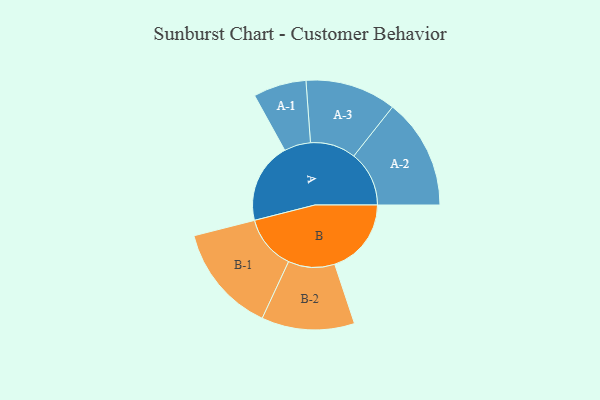
{"axis": {"x": "Segment", "y": "Value"}, "legend": ["", "A", "B"], "data": [{"x": "A", "y": 420, "type": ""}, {"x": "B", "y": 399, "type": ""}, {"x": "A-1", "y": 138, "type": "A"}, {"x": "A-2", "y": 288, "type": "A"}, {"x": "A-3", "y": 237, "type": "A"}, {"x": "B-1", "y": 283, "type": "B"}, {"x": "B-2", "y": 242, "type": "B"}]}